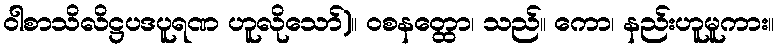
ဝါစာသိလိဋ္ဌပဒပူရဏ ဟူလိုသော်)။ ဝစနတ္ထော၊ သည်။ ကော၊ နည်းဟူမူကား။